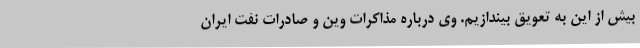
بیش از این به تعویق بیندازیم. وی درباره مذاکرات وین و صادرات نفت ایران